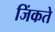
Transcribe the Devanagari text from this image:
जिंकते